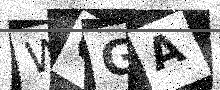
Text: WCGA